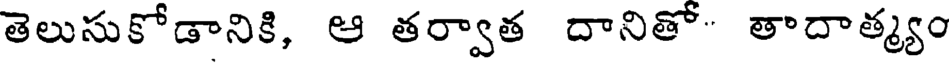
తెలుసుకోడానికి, ఆ తర్వాత దానితో" తాదాత్మ్యం